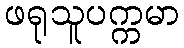
ဖရုသူပက္ကမာ